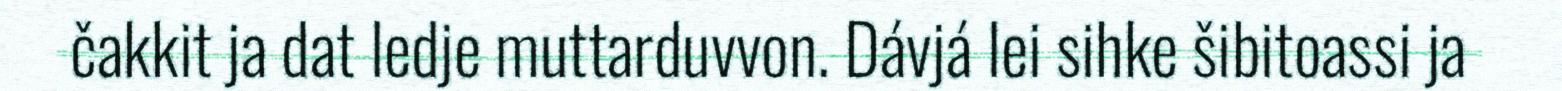
čakkit ja dat ledje muttarduvvon. Dávjá lei sihke šibitoassi ja